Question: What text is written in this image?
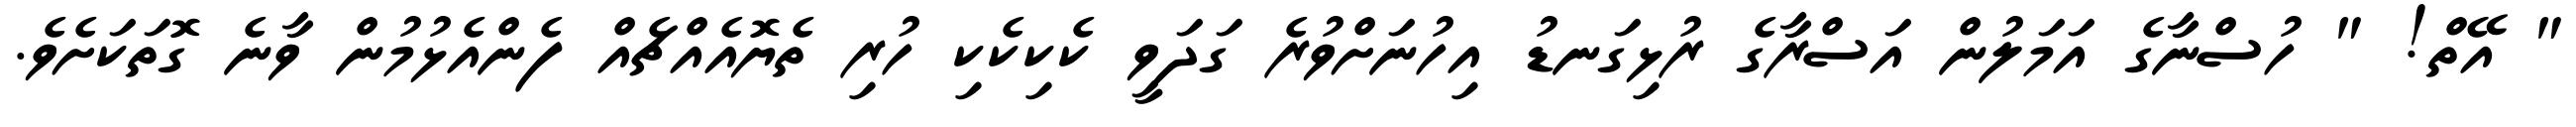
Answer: " އޭތް! " ހުސްނާގެ އަމަލުން އަސްރާގެ ރުޅިގަނޑު އިހުނަށްވުރެ ގަދަވީ ކެކިކެކި ހުރި ތެޔޮއެއްޗެއް ފެންއެޅުމުން ވާނެ ގޮތަކަށެވެ.